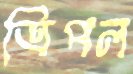
ত্রিপল